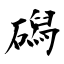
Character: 磶